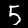
Digit: 5